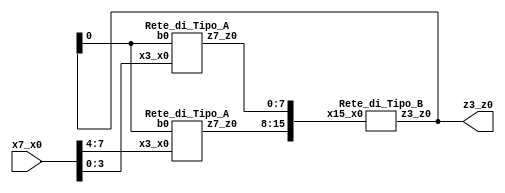
/**
 *          La descrizione della Rete_Totale puo' essere fortemente compattata
 *          esplicitando solo le variabili strettamente necessarie per
 *          i collegamenti interni e cioe', nel caso in esame, o l'unica
 *          variabile a_R3 ovvero la coppia di variabili da_R1 e da_R2.
 *          SECONDA IMPLEMENTAZIONE.
 *
 *          Created on 16/06/2019.
 */

/*
 * Nel primo caso, usando l'unica variabile a_R3 la descrizione della
 * Rete_Totale diventa:
 */
module Rete_Totale_2(z3_z0, x7_x0);
    input   [7:0]   x7_x0;
    output  [3:0]   z3_z0;
    wire    [15:0]  a_R3;

    Rete_di_Tipo_A R1(a_R3[15:8], x7_x0[7:4], z3_z0[0]),
                   R2(a_R3[7:0], x7_x0[3:0], z3_z0[0]);

    Rete_di_Tipo_B R3(z3_z0, a_R3);
endmodule

/**
 * Il tipo di rete Rete_di_Tipo_A e' descritto dal secondo dei costrutti
 * module...endmodule. Una rete di questo tipo ha una variabile di ingresso
 * a quattro bit di nome locale x3_x0, una variabile di ingresso a un bit di
 * nome locale b0 e una variabile di uscita a otto bit di nome locale z7_z0.
 */
module Rete_di_Tipo_A(z7_z0, x3_x0, b0);
    input   [3:0]   x3_x0;
    input           b0;
    output  [7:0]   z7_z0;

    // descrizione della struttura interna delle reti di tale tipo
endmodule

/**
 * Il tipo di rete Rete_di_Tipo_B e' descritto dal terzo dei costrutti
 * module...endmodule. Una rete di questo tipo ha una variabile di ingresso
 * a sedici bit di nome locale x15_x0 e una variabile di uscita a quattro bit
 * di nome locale z3_z0.
 */
module Rete_di_Tipo_B(z3_z0, x15_x0);
    input   [15:0]  x15_x0;
    output  [3:0]   z3_z0;

    // descrizione della struttura interna delle reti di tale tipo
endmodule